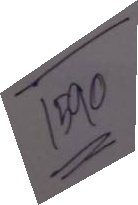
-------
 1590
=====